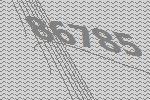
86785